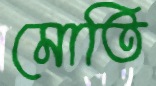
মোতি